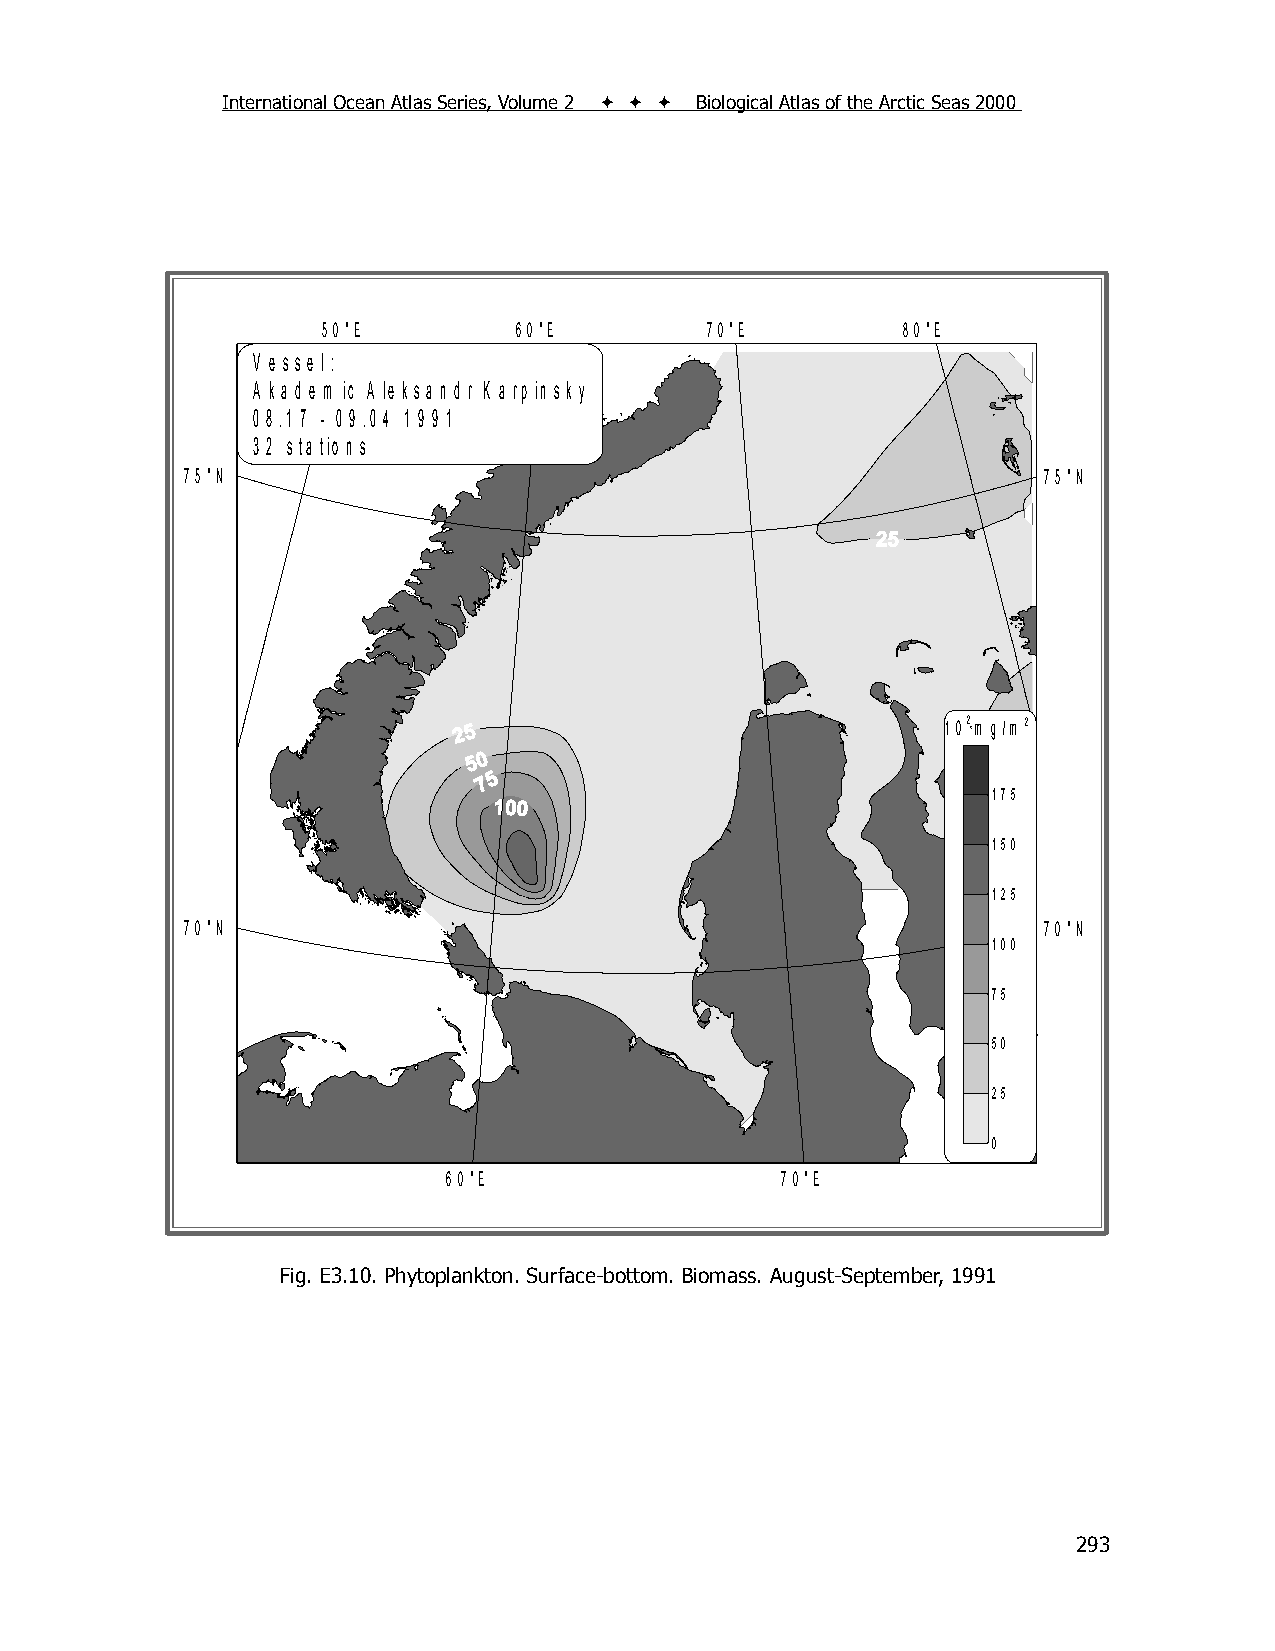
International Ocean Atlas Series, Volume 2    Biological Atlas of the Arctic Seas 2000
 5 0 °E       6 0 °E       7 0 °E       8 0 °E
 V e s s e l :
 A k a d e m ic A le k s a n d r K a rp in s k y
 0 8 .1 7 - 0 9 .0 4 1 9 9 1
 3 2 s ta tio n s
 7 5 °N                                                   7 5 °N
 1 02 *m g /m 2
 175
 150
 125
 7 0 °N                                                   7 0 °N
 100
 75
 50
 25
 0
 6 0 °E                7 0 °E
 F ig . 2 .3 .1 . P h y to p la n k to n , T a x a C o u n t (# )
 Fig. E3.10. Phytoplankton. Surface-bottom. Biomass. August-September, 1991
 293